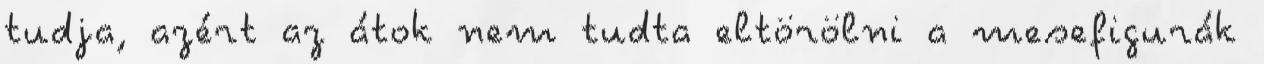
tudja, azért az átok nem tudta eltörölni a mesefigurák